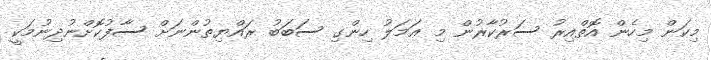
މިކަން މިހެން އޮތްއިރު ސަރުކާރުން މި ޢަމަލު ހިންގި ސަބަބު ރައްޔިތުންނަށް ސާފުކޮށްނުދިނުމަކީ